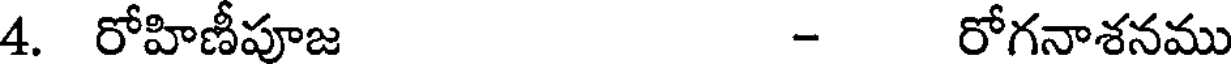
4. రోహిణీపూజ - రోగనాశనము